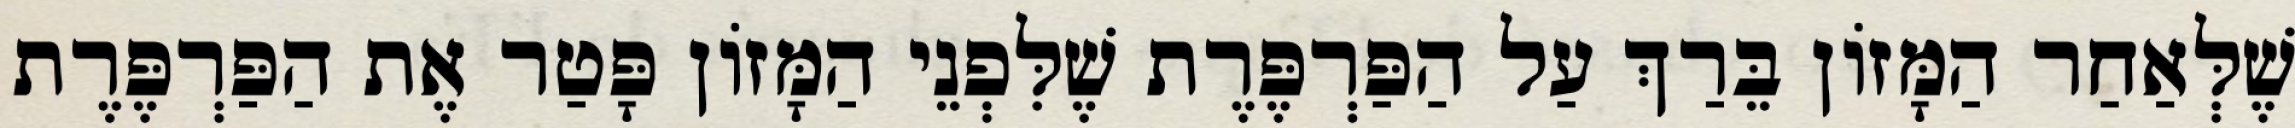
שֶׁלְּאַחַר הַמָּזוֹן בֵּרַךְ עַל הַפַּרְפֶּרֶת שֶׁלִּפְנֵי הַמָּזוֹן פָּטַר אֶת הַפַּרְפֶּרֶת